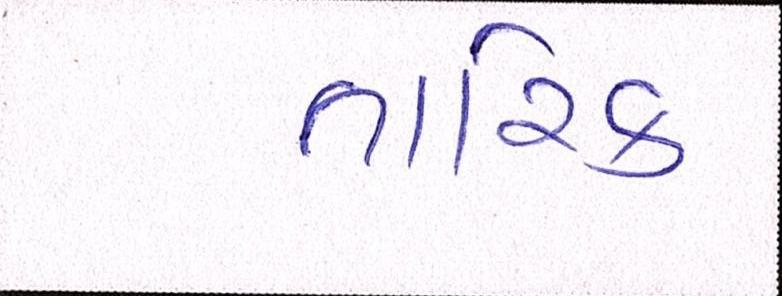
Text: તારિક